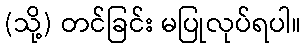
(သို့) တင်ခြင်း မပြုလုပ်ရပါ။